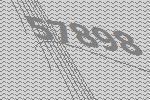
57898